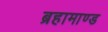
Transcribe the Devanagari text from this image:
ब्रहामाण्ड